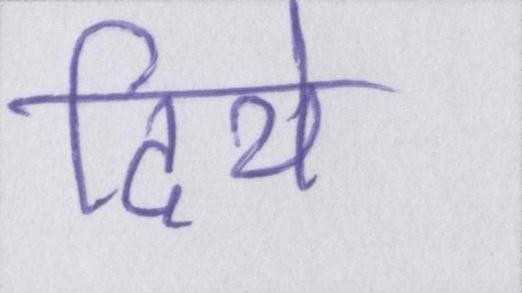
दिये